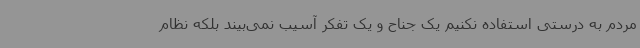
مردم به درستی استفاده نکنیم یک جناح و یک تفکر آسیب نمی‌بیند بلکه نظام